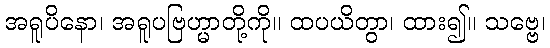
အရူပိနော၊ အရူပဗြဟ္မာတို့ကို။ ထပယိတွာ၊ ထား၍။ သဗ္ဗေ၊